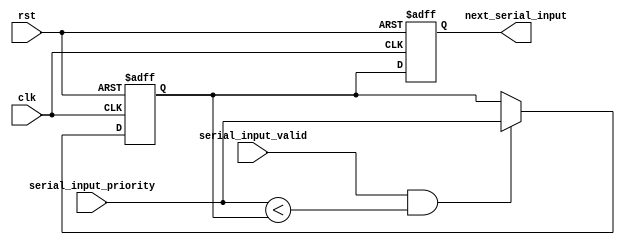
module timing_control(
    input wire clk,
    input wire rst,
    input wire serial_input_valid,
    input wire [2:0] serial_input_priority,
    output reg [2:0] next_serial_input
);

reg [2:0] current_serial_input;

always @ (posedge clk or posedge rst) begin
    if (rst) begin
        current_serial_input <= 3'b000;
        next_serial_input <= 3'b000;
    end else begin
        if (serial_input_valid && (serial_input_priority < current_serial_input)) begin
            current_serial_input <= serial_input_priority;
        end
        
        next_serial_input <= current_serial_input;
    end
end

endmodule